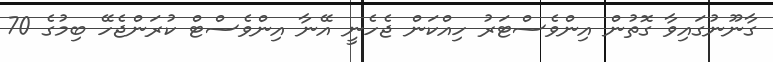
ގާނޫނުގައިވާ ގޮތުން އިންވެސްޓަރު ހިއްކަން ޖެހެނީ އޭނާ އިންވެސްޓް ކުރަންޖެހޭ ބިމުގެ 70